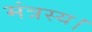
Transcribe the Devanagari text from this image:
मंत्रस्य।